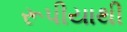
રૂપીયાથી